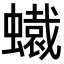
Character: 𧒶